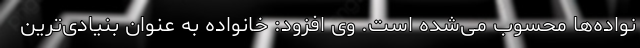
نواده‌ها محسوب می‌شده است. وی افزود: خانواده به عنوان بنیادی‌ترین